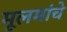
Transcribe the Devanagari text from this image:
मूलमांचे